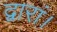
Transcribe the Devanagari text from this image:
द्वारां।